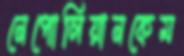
নেপোলিয়ানকেম